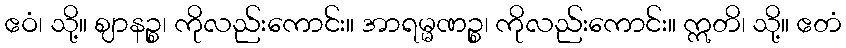
ဧဝံ၊ သို့။ ဈာနဉ္စ၊ ကိုလည်းကောင်း။ အာရမ္မဏဉ္စ၊ ကိုလည်းကောင်း။ ဣတိ၊ သို့။ ဧတံ